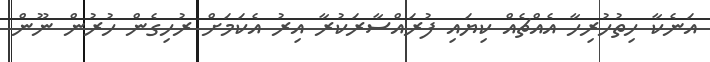
އަނެކާ ހިތުހުރިހާ އެއްޗެއް ކިޔައި ފުރައްސާރަކުރާ އިރު އެކަމަށް ރުހިގެން ހުރުން ނޫން